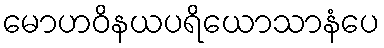
မောဟဝိနယပရိယောသာနံပေ